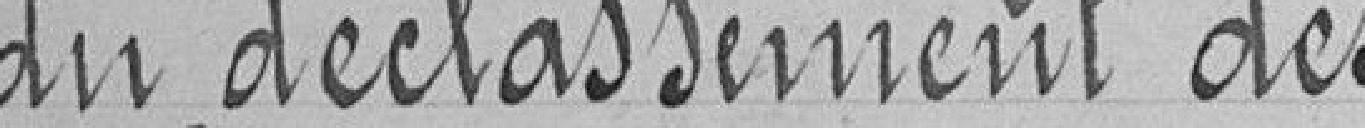
du déclassement des